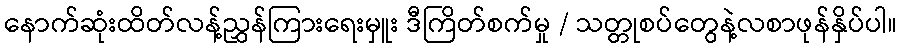
နောက်ဆုံးထိတ်လန့်ညွှန်ကြားရေးမှူး ဒီကြိတ်စက်မှု / သတ္တုစပ်တွေနဲ့လစာဖုန်နှိပ်ပါ။